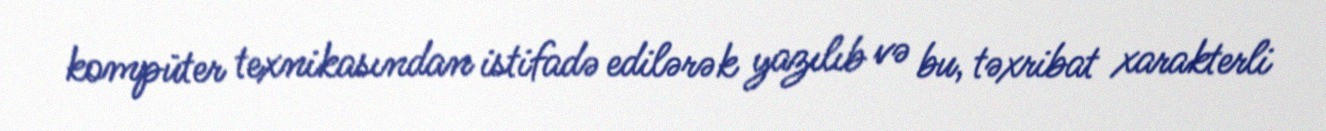
kompüter texnikasından istifadə edilərək yazılıb və bu, təxribat xarakterli